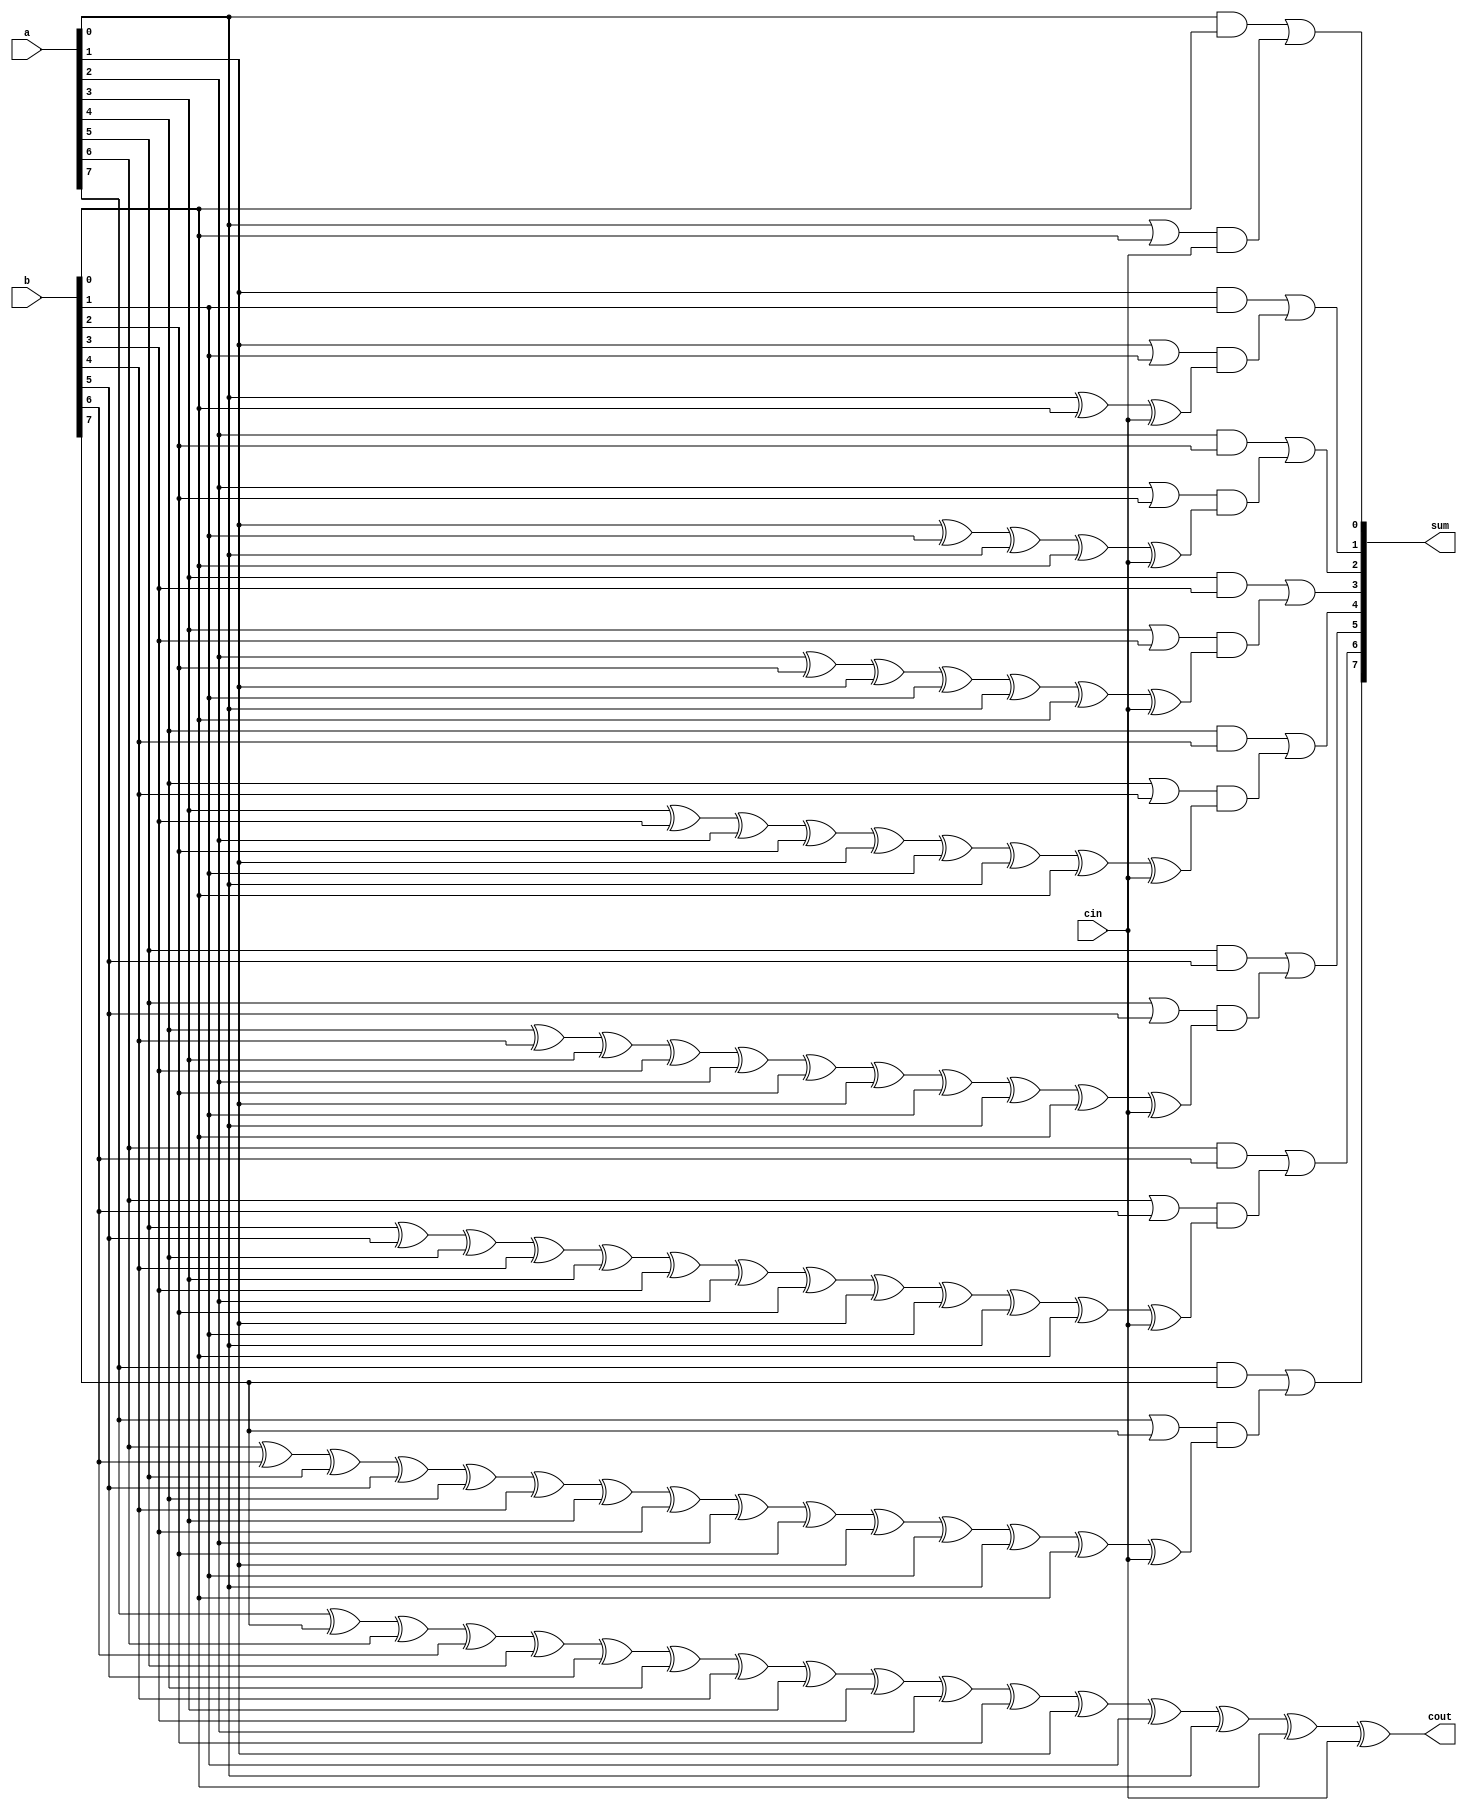
module lead_8bits_adder(a,b,cin,sum,cout);
input   [7:0]a,b;
input        cin;
output  [7:0]sum;
output       cout;

reg     [7:0]sum;
reg          cout;

always@(a or b or cin)
        begin
        sum[0]=(a[0]&b[0])|  (a[0]| b[0])&cin;
        sum[1]=(a[1]&b[1])|  (a[1]| b[1])&(a[0]^b[0]^cin);
        sum[2]=(a[2]&b[2])|  (a[2]| b[2])&(a[1]^b[1]^a[0]^b[0]^cin);
        sum[3]=(a[3]&b[3])|  (a[3]| b[3])&(a[2]^b[2]^a[1]^b[1]^a[0]^b[0]^cin);
        sum[4]=(a[4]&b[4])|  (a[4]| b[4])&(a[3]^b[3]^a[2]^b[2]^a[1]^b[1]^a[0]^b[0]^cin);
        sum[5]=(a[5]&b[5])|  (a[5]| b[5])&(a[4]^b[4]^a[3]^b[3]^a[2]^b[2]^a[1]^b[1]^a[0]^b[0]^cin);
        sum[6]=(a[6]&b[6])|  (a[6]| b[6])&(a[5]^b[5]^a[4]^b[4]^a[3]^b[3]^a[2]^b[2]^a[1]^b[1]^a[0]^b[0]^cin);
        sum[7]=(a[7]&b[7])|  (a[7]| b[7])&(a[6]^b[6]^a[5]^b[5]^a[4]^b[4]^a[3]^b[3]^a[2]^b[2]^a[1]^b[1]^a[0]^b[0]^cin);
        
        cout=a[7]^b[7]^a[6]^b[6]^a[5]^b[5]^a[4]^b[4]^a[3]^b[3]^a[2]^b[2]^a[1]^b[1]^a[0]^b[0]^cin;
        end
        
endmodule